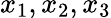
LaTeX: x_{1},x_{2},x_{3}